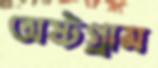
অষ্টগ্রাম